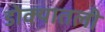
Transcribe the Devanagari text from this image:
डोक्यातली